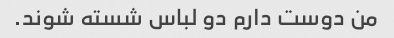
من دوست دارم دو لباس شسته شوند.